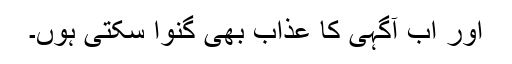
اور اب آگہی کا عذاب بھی گنوا سکتی ہوں۔